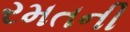
રમતની